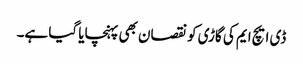
ڈی ایچ ایم کی گاڑی کو نقصان بھی پہنچایا گیا ہے۔